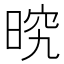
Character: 𭦒